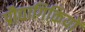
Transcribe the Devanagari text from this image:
प्रौद्यागिकियों